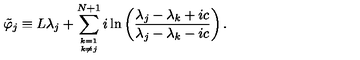
\tilde { \varphi } _ { j } \equiv L \lambda _ { j } + \sum _ { k = 1 \atop { k \ne j } } ^ { N + 1 } i \ln \left( \frac { \lambda _ { j } - \lambda _ { k } + i c } { \lambda _ { j } - \lambda _ { k } - i c } \right) .